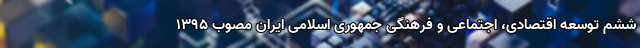
ششم توسعه اقتصادی، اجتماعی و فرهنگی جمهوری اسلامی ایران مصوب ۱۳۹۵